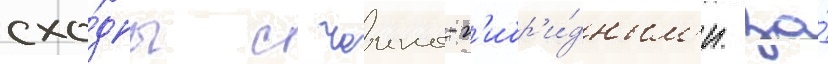
схо́дны с чаино-г'ибр'и́дным'и. за́